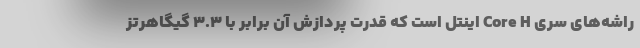
راشه‌های سری Core H اینتل است که قدرت پردازش آن برابر با ۳.۳ گیگاهرتز